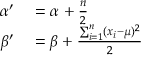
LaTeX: \begin{array} { r l } { \alpha ^ { \prime } } & { { } = \alpha + { \frac { n } { 2 } } } \\ { \beta ^ { \prime } } & { { } = \beta + { \frac { \sum _ { i = 1 } ^ { n } ( x _ { i } - \mu ) ^ { 2 } } { 2 } } } \end{array}